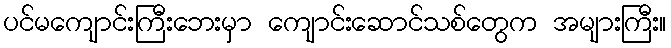
ပင်မကျောင်းကြီးဘေးမှာ ကျောင်းဆောင်သစ်တွေက အများကြီး။